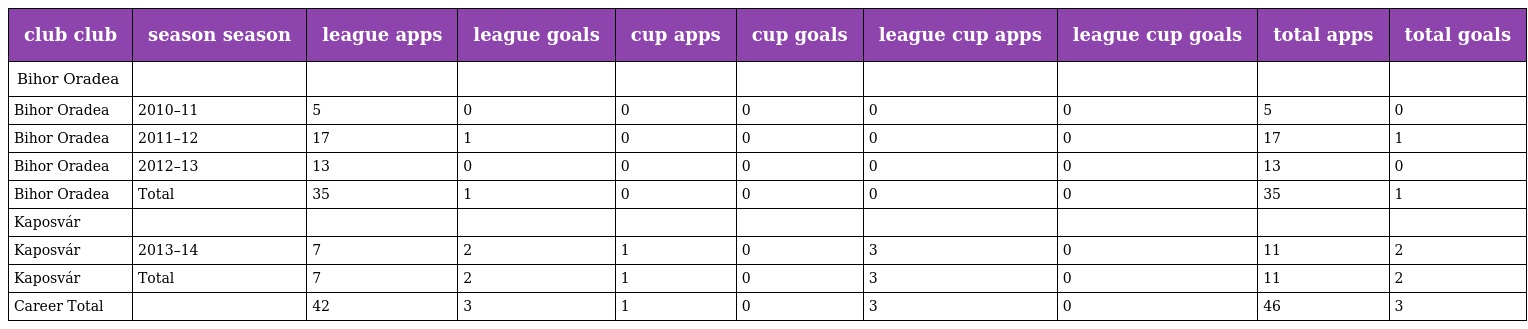
| club club | season season | league apps | league goals | cup apps | cup goals | league cup apps | league cup goals | total apps | total goals |
 | --- | --- | --- | --- | --- | --- | --- | --- | --- | --- |
 | Bihor Oradea |  |  |  |  |  |  |  |  |  |
 | Bihor Oradea | 2010–11 | 5 | 0 | 0 | 0 | 0 | 0 | 5 | 0 |
 | Bihor Oradea | 2011–12 | 17 | 1 | 0 | 0 | 0 | 0 | 17 | 1 |
 | Bihor Oradea | 2012–13 | 13 | 0 | 0 | 0 | 0 | 0 | 13 | 0 |
 | Bihor Oradea | Total | 35 | 1 | 0 | 0 | 0 | 0 | 35 | 1 |
 | Kaposvár |  |  |  |  |  |  |  |  |  |
 | Kaposvár | 2013–14 | 7 | 2 | 1 | 0 | 3 | 0 | 11 | 2 |
 | Kaposvár | Total | 7 | 2 | 1 | 0 | 3 | 0 | 11 | 2 |
 | Career Total |  | 42 | 3 | 1 | 0 | 3 | 0 | 46 | 3 |